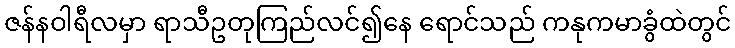
ဇန်နဝါရီလမှာ ရာသီဥတုကြည်လင်၍နေ ရောင်သည် ကနုကမာခွံထဲတွင်